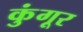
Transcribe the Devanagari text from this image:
कुंगूर